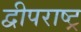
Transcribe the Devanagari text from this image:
द्वीपराष्ट्र